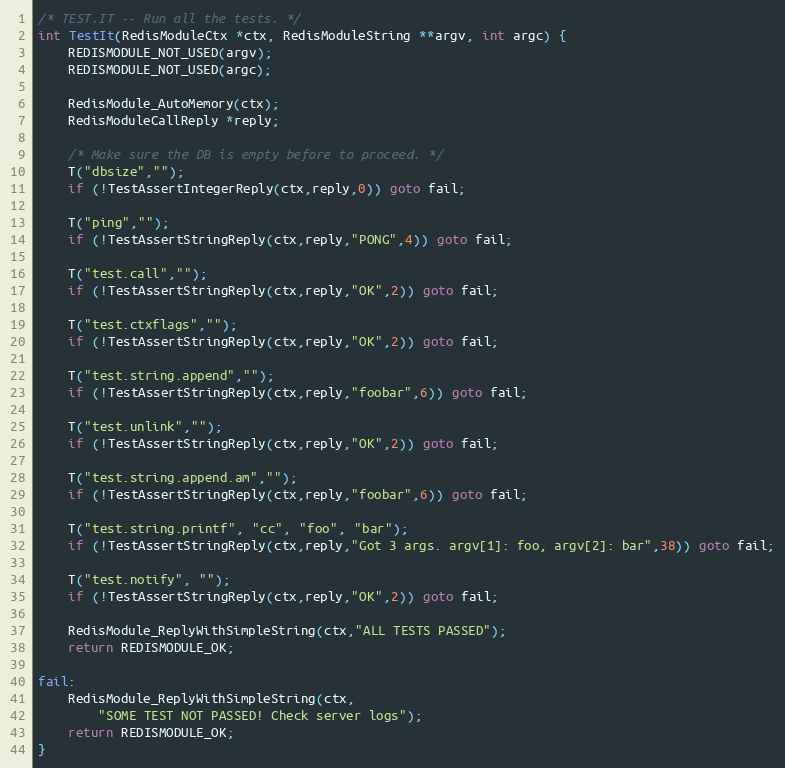
Language: C
/* TEST.IT -- Run all the tests. */
int TestIt(RedisModuleCtx *ctx, RedisModuleString **argv, int argc) {
    REDISMODULE_NOT_USED(argv);
    REDISMODULE_NOT_USED(argc);

    RedisModule_AutoMemory(ctx);
    RedisModuleCallReply *reply;

    /* Make sure the DB is empty before to proceed. */
    T("dbsize","");
    if (!TestAssertIntegerReply(ctx,reply,0)) goto fail;

    T("ping","");
    if (!TestAssertStringReply(ctx,reply,"PONG",4)) goto fail;

    T("test.call","");
    if (!TestAssertStringReply(ctx,reply,"OK",2)) goto fail;

    T("test.ctxflags","");
    if (!TestAssertStringReply(ctx,reply,"OK",2)) goto fail;

    T("test.string.append","");
    if (!TestAssertStringReply(ctx,reply,"foobar",6)) goto fail;

    T("test.unlink","");
    if (!TestAssertStringReply(ctx,reply,"OK",2)) goto fail;

    T("test.string.append.am","");
    if (!TestAssertStringReply(ctx,reply,"foobar",6)) goto fail;

    T("test.string.printf", "cc", "foo", "bar");
    if (!TestAssertStringReply(ctx,reply,"Got 3 args. argv[1]: foo, argv[2]: bar",38)) goto fail;

    T("test.notify", "");
    if (!TestAssertStringReply(ctx,reply,"OK",2)) goto fail;

    RedisModule_ReplyWithSimpleString(ctx,"ALL TESTS PASSED");
    return REDISMODULE_OK;

fail:
    RedisModule_ReplyWithSimpleString(ctx,
        "SOME TEST NOT PASSED! Check server logs");
    return REDISMODULE_OK;
}